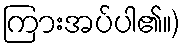
ကြားအပ်ပါ၏။)